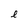
Character: e